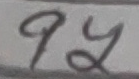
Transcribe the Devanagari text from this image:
पय